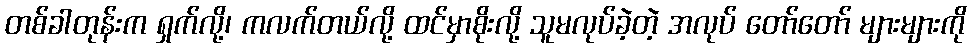
တစ်ခါတုန်းက ရှက်လို့၊ ကလက်တယ်လို့ ထင်မှာစိုးလို့ သူမလုပ်ခဲ့တဲ့ အလုပ် တော်တော် များများကို